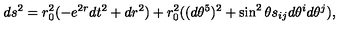
d s ^ { 2 } = r _ { 0 } ^ { 2 } ( - e ^ { 2 r } d t ^ { 2 } + d r ^ { 2 } ) + r _ { 0 } ^ { 2 } ( ( d \theta ^ { 5 } ) ^ { 2 } + \sin ^ { 2 } \theta s _ { i j } d \theta ^ { i } d \theta ^ { j } ) ,